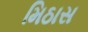
મિઠાસ